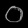
Digit: ၀